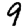
Digit: 9